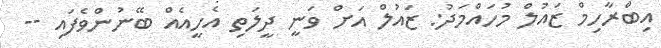
އިބްރާހިމް ޒައުލް މުހައްމަދު: ޒައުލް އަށް ވަނީ ދީލަތި އެހީއެއް ބޭނުންވެފައި --